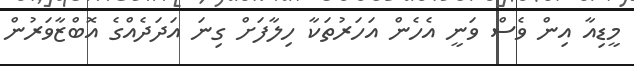
މީޑިއާ އިން ވެސް ވަނީ އެހެން އަހަރުތަކާ ހިލާފަށް ގިނަ އަދަދެއްގެ އޮބްޒާވަރުން